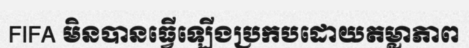
FIFA មិនបានធ្វើឡើងប្រកបដោយតម្លាភាព